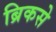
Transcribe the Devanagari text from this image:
ब्रिकसे